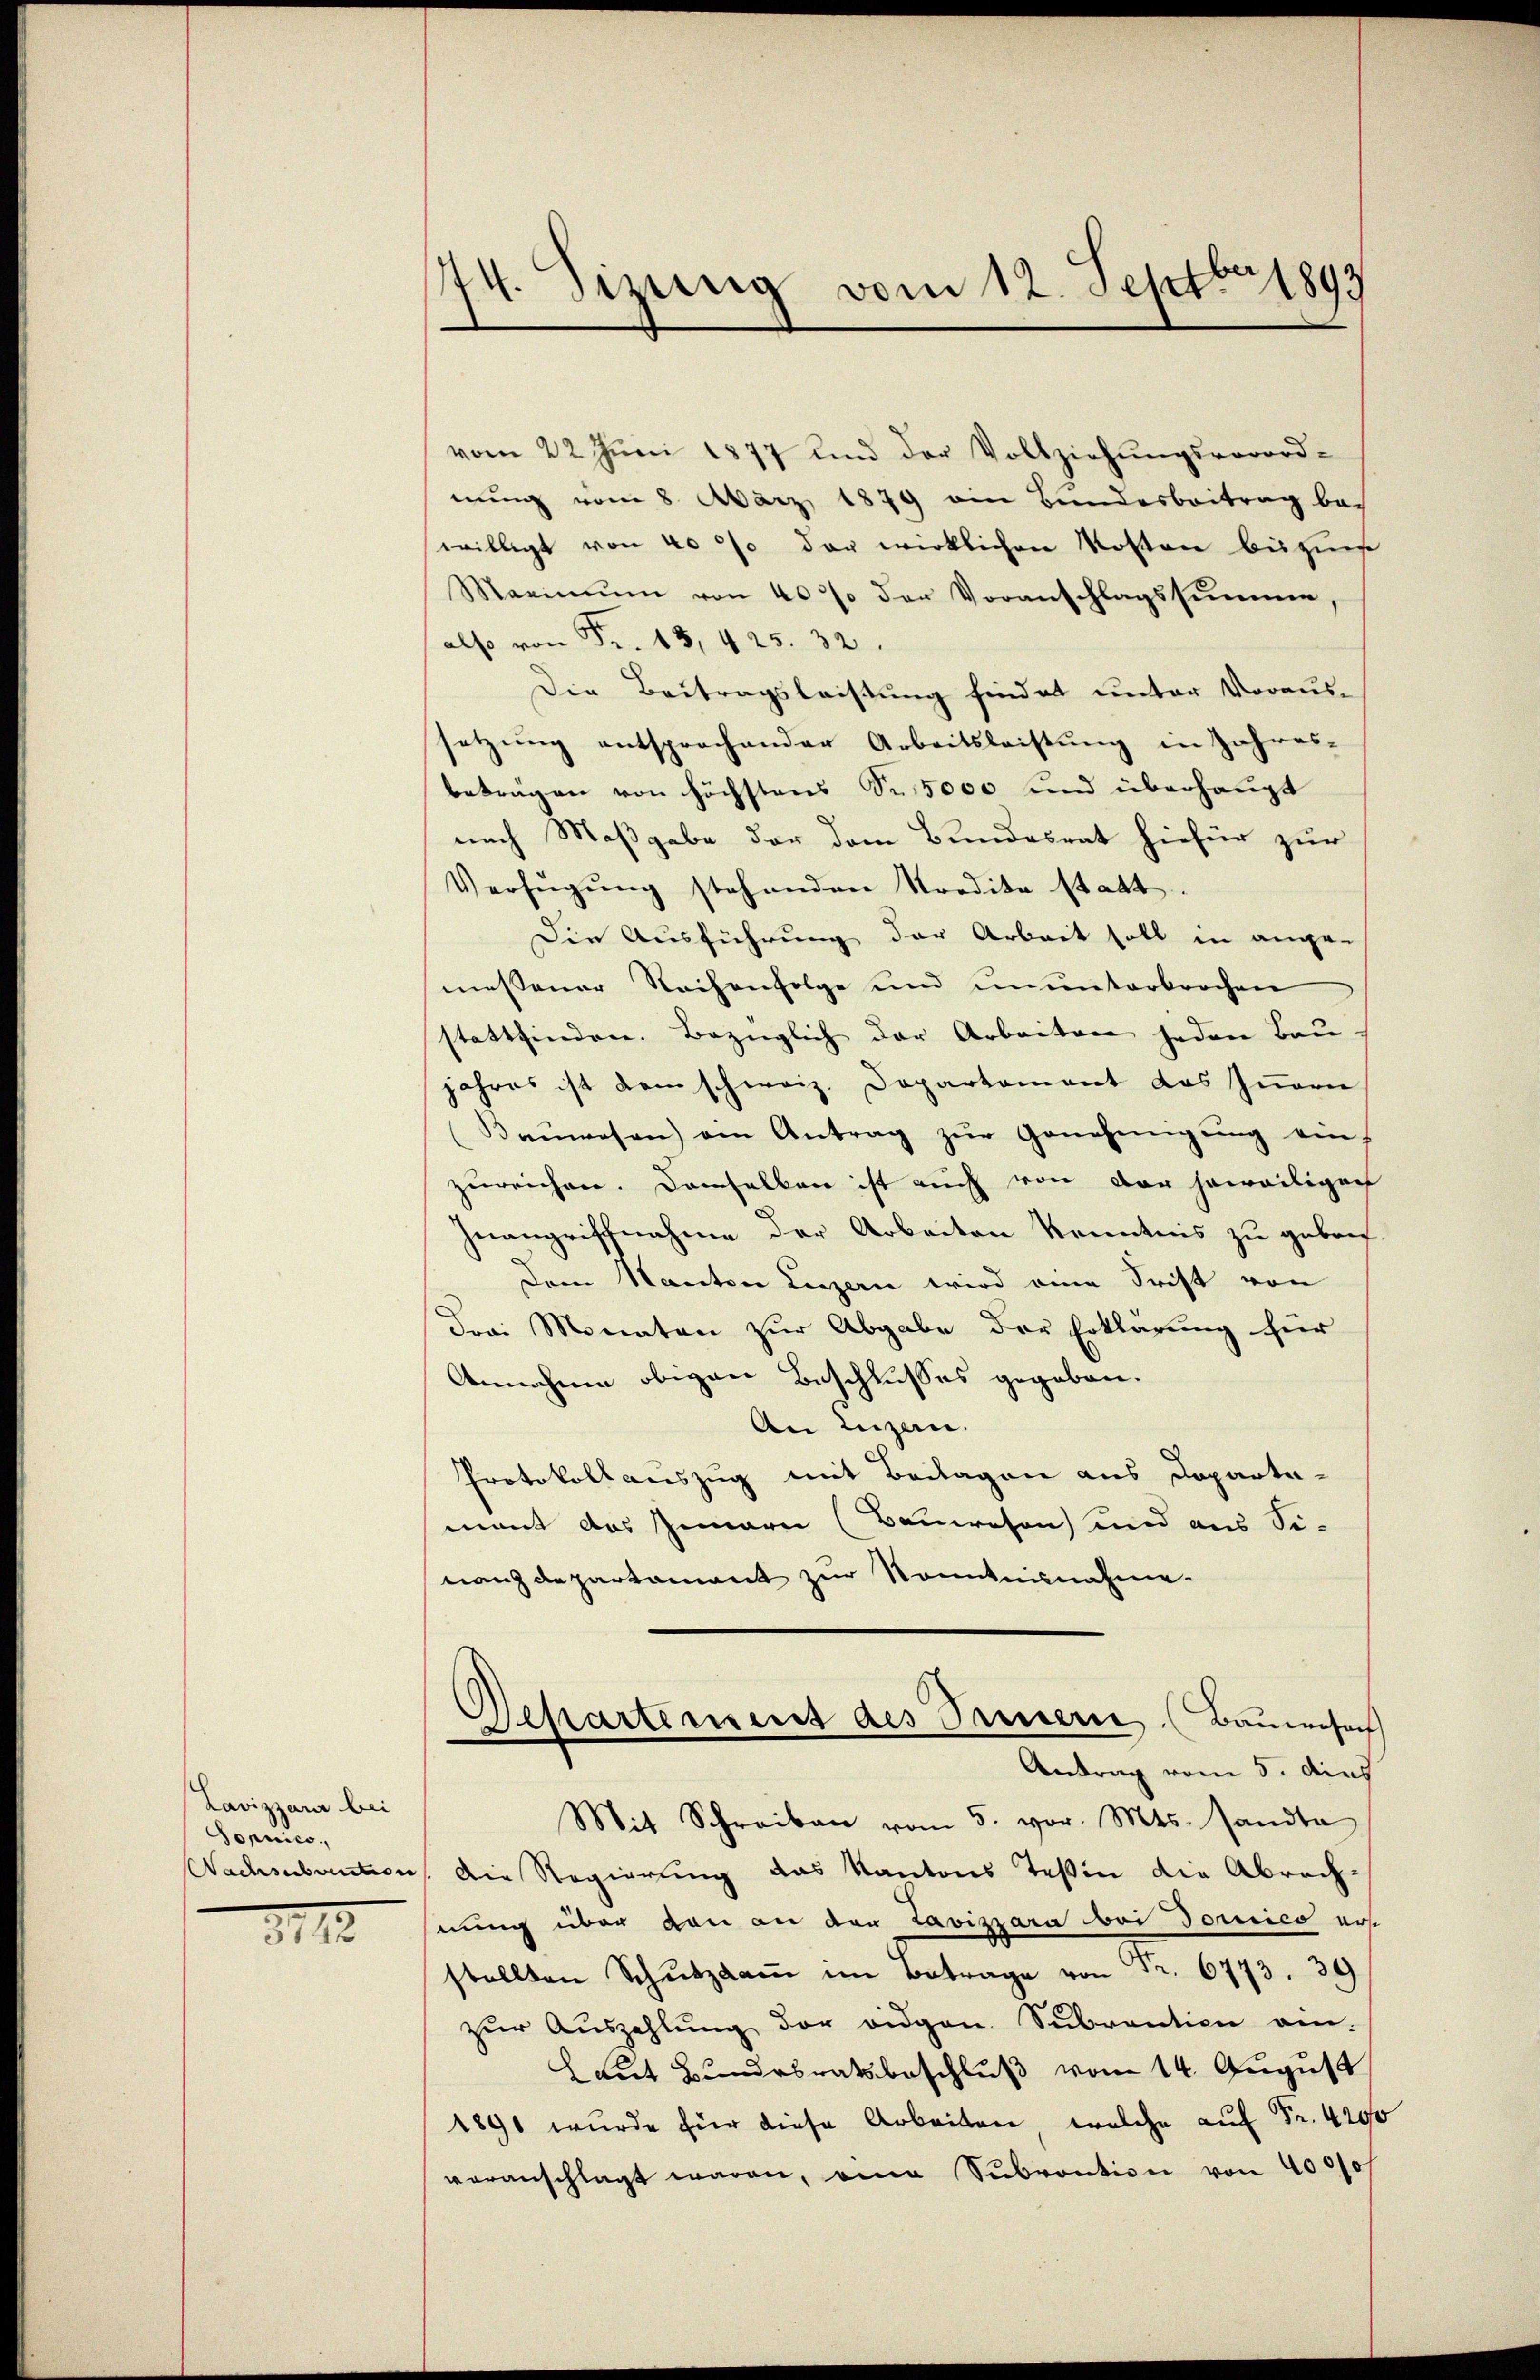
Lavizzara bei
Sopnico,
Nachsubvention

11

74. Sizung vom 12. Septbr 1893

vom 22. Jŭni 1877 und der Vollziehŭngsverord-
nŭng vom 8. März 1879 am Bundesbeitrag be-
willigt von 40% der wirklichen Kosten beizun
Maximŭm von 40% der Voranschlagssumme
also von Fr. 15,425. 32.
Die Beitragsleistung findet unter Voraus-
setzung entsprochender Arbeitsleistung in Jahres-
beträgen von höchstens Sr. 5000 und überhaupt
nach Maßgabe der dem Bundesrat hiefür zur
Verfügung stehenden Kredita statt.
Die Ausführung der Arbeit soll in ange-
messener Sachenfolge und ununterbrochen
stattfinden. Bezüglich der Arbeiten jeden Bau
jahres ist dem schweiz. Departement das Innern
Baŭwesen) am Antrag zŭr Genehmigŭng ein-
zureichen. Demselben ist auch von der jeweiliger
Inangriffnahme der Arbeiten Kenntnis zu gebre
Dem Kanton Luzern wird eine Frist von
Frai Monaten zur Abgabe der Erklärung für
Annahme obigen Beschlusses gegeben.
An Luzern.
Protokollauszug mit Beilagen aus Departamant das Innern (Bauwesen und aus Si-
nanzdepartament zur Kenntnisnahme.
Departement des Sauern (Baumesach
Antrag vom 5. dies
Mit Schreiben vom 5. vor. Mts. sandta
Die Regierung das Kantons Teßin die Abrech-
nung über von an der Lavizzara bei dorico nos
stellten Schŭtzkam im Betrage von 12. 6773. 39
zŭr Aŭszahlŭng der eidgen. Subvention ein-
Laut Bundesratsbeschluß vom 14. August
1891 wurde für diese Arbeiten welche auf Fr. 429
veranschlagt waren, eine Subvention von 4000